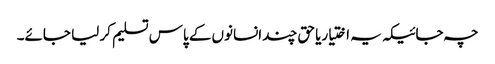
چہ جائیکہ یہ اختیاریا حق چند انسانوں کے پاس تسلیم کر لیا جائے۔